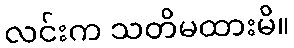
လင်းက သတိမထားမိ။